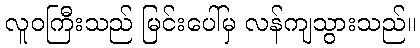
လူဝကြီးသည် မြင်းပေါ်မှ လန်ကျသွားသည်။